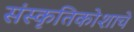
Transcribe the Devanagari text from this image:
संस्कृतिकोशाचे